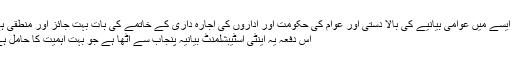
تو ایسے میں عوامی بیانیے کی بالا دستی اور عوام کی حکومت اور اداروں کی اجارہ داری کے خاتمے کی بات بہت جائز اور منطقی ہے
اس دفعہ یہ اینٹی اسٹیبشلمنٹ بیانیہ پنجاب سے اٹھا ہے جو بہت اہمیت کا حامل ہے۔